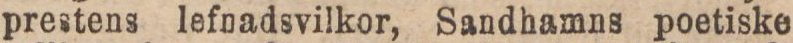
prestens lefnadsvilkor, Sandhamns poetiske